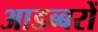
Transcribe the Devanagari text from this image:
आडब्बरों